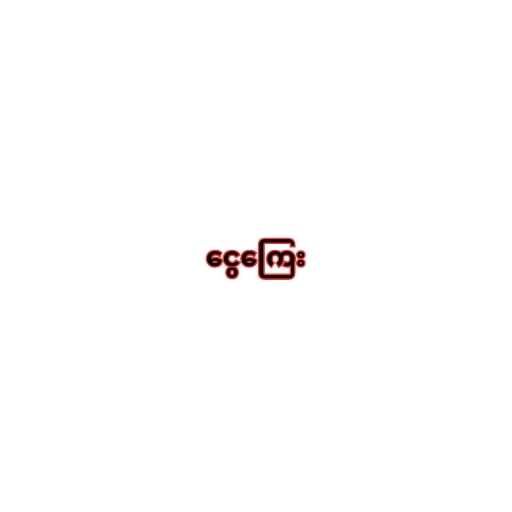
ငွေကြေး